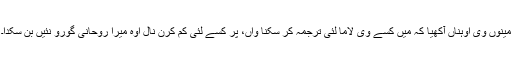
مینوں وی اوہناں آکھیا کہ میں کسے وی لاما لئی ترجمہ کر سکنا واں، پر کسے لئی کم کرن نال اوہ میرا روحانی گورو نئیں بن سکدا۔